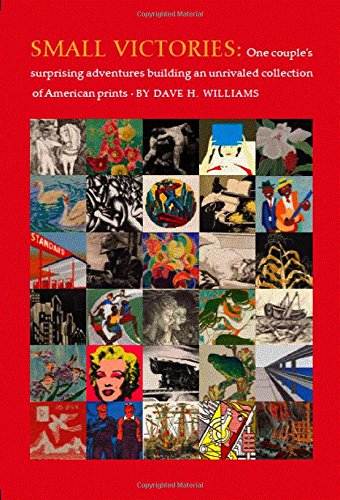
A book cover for Small Victories: One Couple's Surprising Adventures Collecting American Prints; Dave Williams; Arts & Photography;